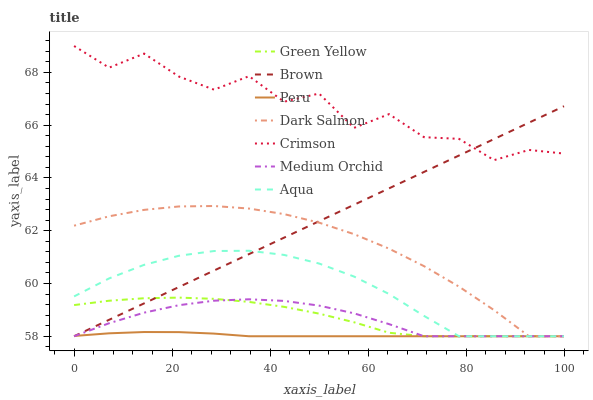
| xaxis_label | Green Yellow | Brown | Peru | Dark Salmon | Crimson | Medium Orchid | Aqua |
 | --- | --- | --- | --- | --- | --- | --- | --- |
 | 0 | 59.2 | 58 | 58 | 62.2 | 69 | 58 | 59.5 |
 | 7.14 | 59.3 | 58.6 | 58.1 | 62.5 | 68.2 | 58.5 | 60.2 |
 | 14.3 | 59.4 | 59.2 | 58.2 | 62.8 | 68.7 | 58.9 | 60.7 |
 | 21.4 | 59.5 | 59.9 | 58.2 | 62.9 | 67.8 | 59.2 | 61.1 |
 | 28.6 | 59.4 | 60.5 | 58.1 | 62.9 | 67.3 | 59.3 | 61.2 |
 | 35.7 | 59.3 | 61.1 | 58 | 62.8 | 67.9 | 59.4 | 61.2 |
 | 42.9 | 59.1 | 61.7 | 58 | 62.6 | 66.9 | 59.3 | 61.1 |
 | 50 | 58.9 | 62.4 | 58 | 62.3 | 67.2 | 59.2 | 60.8 |
 | 57.1 | 58.5 | 63 | 58 | 61.9 | 65.9 | 58.9 | 60.3 |
 | 64.3 | 58.1 | 63.6 | 58 | 61.3 | 66.4 | 58.5 | 59.6 |
 | 71.4 | 58 | 64.2 | 58 | 60.7 | 65.5 | 58 | 58.8 |
 | 78.6 | 58 | 64.9 | 58 | 59.9 | 65.5 | 58 | 58 |
 | 85.7 | 58 | 65.5 | 58 | 59 | 64.7 | 58 | 58 |
 | 92.9 | 58 | 66.1 | 58 | 58 | 65.1 | 58 | 58 |
 | 100 | 58 | 66.7 | 58 | 58 | 64.9 | 58 | 58 |